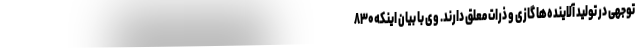
توجهی در تولید آلاینده‌ها گازی و ذرات معلق دارند. وی با بیان اینکه۸۳۰